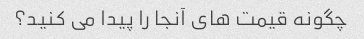
چگونه قیمت های آنجا را پیدا می کنید؟